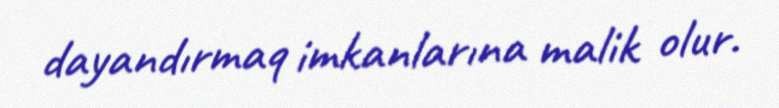
dayandırmaq imkanlarına malik olur.